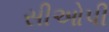
સીઓપી